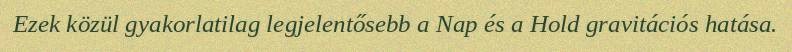
Ezek közül gyakorlatilag legjelentősebb a Nap és a Hold gravitációs hatása.